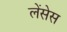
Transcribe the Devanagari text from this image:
लेंसेस